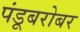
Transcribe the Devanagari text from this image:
पंडूबरोबर